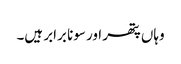
وہاں پتھر اور سونا برابر ہیں۔